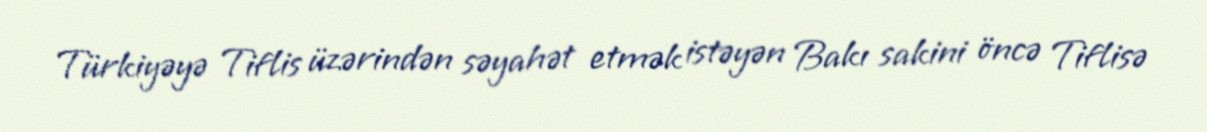
Türkiyəyə Tiflis üzərindən səyahət etmək istəyən Bakı sakini öncə Tiflisə